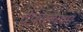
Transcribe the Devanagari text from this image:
देवमव्ययम्